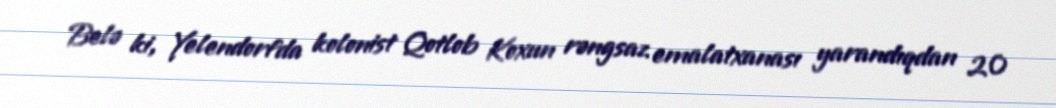
Belə ki, Yelendorfda kolonist Qotlob Koxun rəngsaz emalatxanası yarandıqdan 20